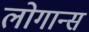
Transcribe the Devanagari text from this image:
लोगान्स